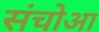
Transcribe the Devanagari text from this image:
संचोआ